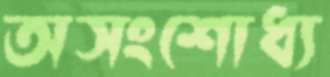
অসংশোধ্য